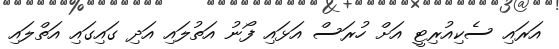
އަރައި ސެކިއުރިޓީ އަށް ހުރަސް އަޅައި ފޯނު އަތުލައި އަދި ގައިގައި އަތްލައި